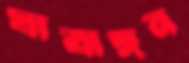
যাত্রাঙ্গন